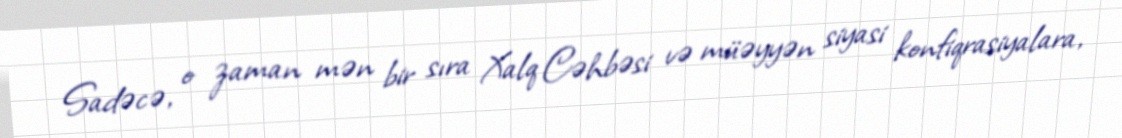
Sadəcə, o zaman mən bir sıra Xalq Cəhbəsi və müəyyən siyasi konfiqrasiyalara,